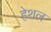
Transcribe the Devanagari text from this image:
हेशल